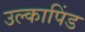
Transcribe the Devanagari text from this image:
उल्‍कापिंड